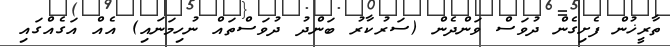
ތާރީޚުން ފެށިގެން ދުވަސް ވަންދެން (ސަރުކާރު ބަންދު ދުވަސްތައް ނުހިމަނައި) އެއް އަގެއްގައި